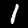
Digit: 1